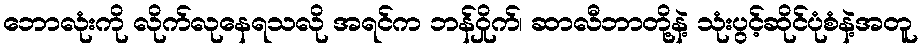
ဘောလုံးကို လိုက်လုနေရသလို အရင်က ဘန်ဝှိုက်၊ ဆာလီဘာတို့နဲ့ သုံးပွင့်ဆိုင်ပုံစံနဲ့အတူ